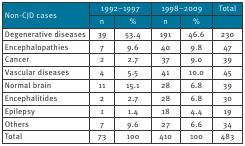
| <ROWSPAN=2> Non-CJD cases | <COLSPAN=2> 1992–1997 | <COLSPAN=2> 1998–2009 | Total |
 | n | % | n | % |  |
 | --- | --- | --- | --- | --- | --- |
 | Degenerative diseases | 39 | 53.4 | 191 | 46.6 | 230 |
 | Encephalopathies | 7 | 9.6 | 40 | 9.8 | 47 |
 | Cancer | 2 | 2.7 | 37 | 9.0 | 39 |
 | Vascular diseases | 4 | 5.5 | 41 | 10.0 | 45 |
 | Normal brain | 11 | 15.1 | 28 | 6.8 | 39 |
 | Encephalitides | 2 | 2.7 | 28 | 6.8 | 30 |
 | Epilepsy | 1 | 1.4 | 18 | 4.4 | 19 |
 | Others | 7 | 9.6 | 27 | 6.6 | 34 |
 | Total | 73 | 100 | 410 | 100 | 483 |